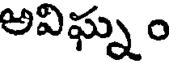
అవిఘ్న ం